Reports on dispensaries and lunatic asylums in the Province of Oudh - 1869-1876
Year: 1869
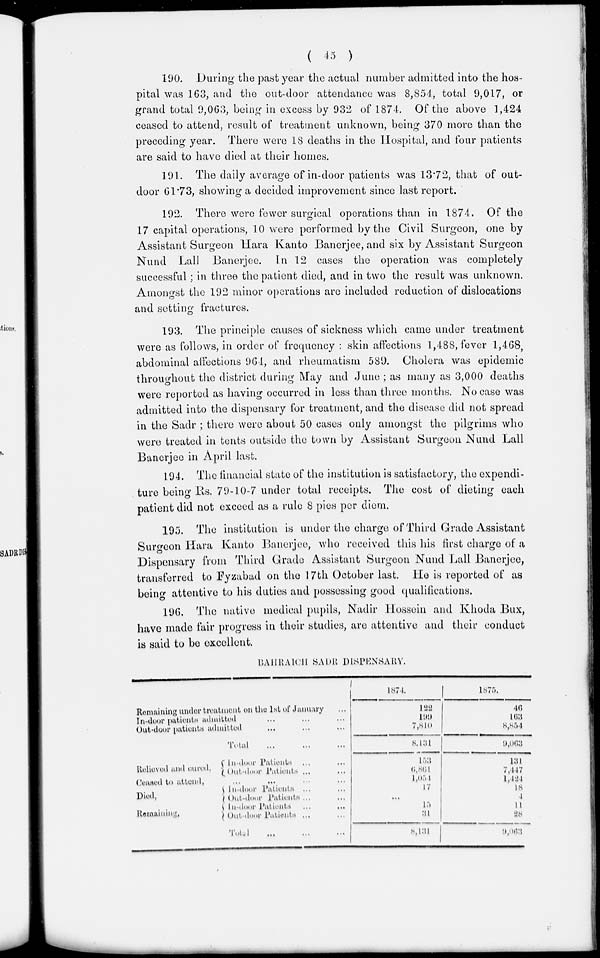
( 45 )
190. During the past year the actual number admitted into the hos-
pital was 163, and the out-door attendance was 8,854, total 9,017, or
grand total 9,063 being in excess by 932 of 1874. Of the above 1,424
ceased to attend, result of treatment unknown, being 370 more than the
preceding year. There were 18 deaths in the Hospital, and four patients
are said to have died at their homes.
191. The daily average of in-door patients was 13.72, that of out-
door 61.73, showing a decided improvement since last report.
192. There were fewer surgical operations than in 1874. Of the
17 capital operations, 10 were performed by the Civil Surgeon, one by
Assistant Surgeon Hara Kanto Banerjee, and six by Assistant Surgeon
Nund Lall Banerjee. In 12 cases the operation was completely
successful ; in three the patient died, and in two the result was unknown.
Amongst the 192 minor operations are included reduction of dislocations
and setting fractures.
193. The principle causes of sickness which came under treatment
were as follows, in order of frequency : skin affections 1,488, fever 1,468,
abdominal affections 964, and rheumatism 589. Cholera was epidemic
throughout the district during May and June ; as many as 3,000 deaths
were reported as having occurred in less than three months. No case was
admitted into the dispensary for treatment, and the disease did not spread
in the Sadr ; there were about 50 cases only amongst the pilgrims who
were treated in tents outside the town by Assistant Surgeon Nund Lall
Banerjee in April last.
194. The financial state of the institution is satisfactory, the expendi-
ture being Rs. 79-10-7 under total receipts. The cost of dieting each
patient did not exceed as a rule 8 pies per diem.
195. The institution is under the charge of Third Grade Assistant
Surgeon Hara Kanto Banerjee, who received this his first charge of a
Dispensary from Third Grade Assistant Surgeon Nund Lall Banerjee,
transferred to Fyzabad on the 17th October last. He is reported of as
being attentive to his duties and possessing good qualifications.
196. The native medical pupils, Nadir Hossein and Khoda Bux,
have made fair progress in their studies, are attentive and their conduct
is said to be excellent.
BAHRAICH SADR DISPENSARY.
Remaining under treatment on the 1st of January ...
In-door patients admitted ... ... ...
Out-door patients admitted ... ... ...
Total ... ...
1874.
122
199
7,810
8,131
1875.
46
163
8,854
9,063
Relieved and cured,
In-door Patients ... ...
Out-door Patients ... ...
Ceased to attend,
...
Died,
Remaining,
In-door Patients ... ...
Out-door Patients ... ...
In-door Patients ... ...
Out door Patients ... ...
Total ... ... ...
153
6,861
1,051
17
15
31
8,131
131
7,447
1,424
18
4
11
28
9,063